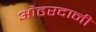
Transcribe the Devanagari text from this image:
औढरदानी